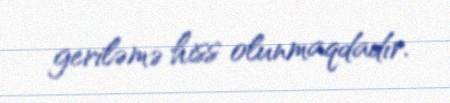
geriləmə hiss olunmaqdadır.